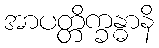
အာပတ္တိက္ခန္ဓာနိ